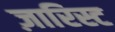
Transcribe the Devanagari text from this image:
ज़ारिस्ट